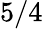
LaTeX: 5/4